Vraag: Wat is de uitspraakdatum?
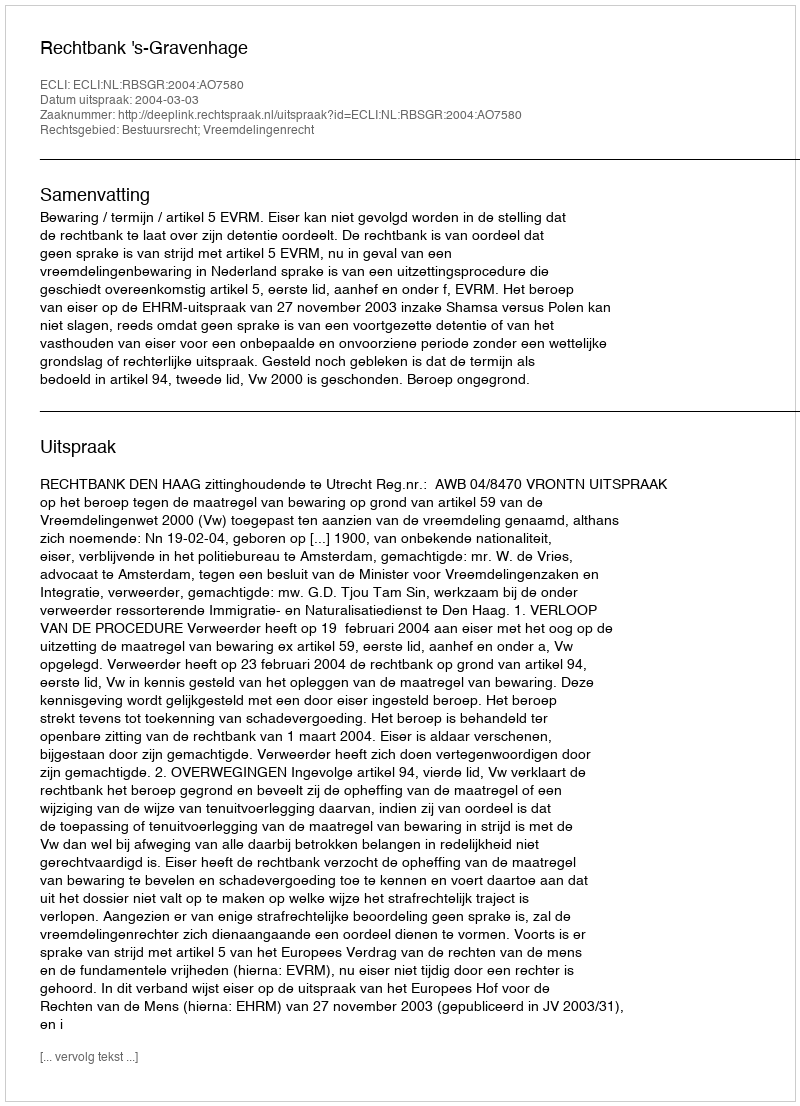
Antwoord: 2004-03-03